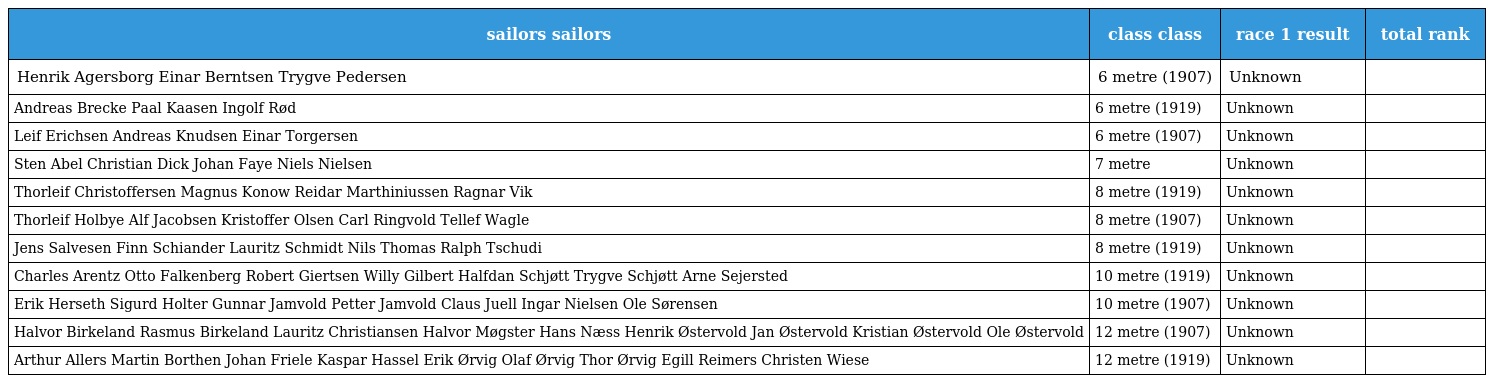
| sailors sailors | class class | race 1 result | total rank |
 | --- | --- | --- | --- |
 | Henrik Agersborg Einar Berntsen Trygve Pedersen | 6 metre (1907) | Unknown |  |
 | Andreas Brecke Paal Kaasen Ingolf Rød | 6 metre (1919) | Unknown |  |
 | Leif Erichsen Andreas Knudsen Einar Torgersen | 6 metre (1907) | Unknown |  |
 | Sten Abel Christian Dick Johan Faye Niels Nielsen | 7 metre | Unknown |  |
 | Thorleif Christoffersen Magnus Konow Reidar Marthiniussen Ragnar Vik | 8 metre (1919) | Unknown |  |
 | Thorleif Holbye Alf Jacobsen Kristoffer Olsen Carl Ringvold Tellef Wagle | 8 metre (1907) | Unknown |  |
 | Jens Salvesen Finn Schiander Lauritz Schmidt Nils Thomas Ralph Tschudi | 8 metre (1919) | Unknown |  |
 | Charles Arentz Otto Falkenberg Robert Giertsen Willy Gilbert Halfdan Schjøtt Trygve Schjøtt Arne Sejersted | 10 metre (1919) | Unknown |  |
 | Erik Herseth Sigurd Holter Gunnar Jamvold Petter Jamvold Claus Juell Ingar Nielsen Ole Sørensen | 10 metre (1907) | Unknown |  |
 | Halvor Birkeland Rasmus Birkeland Lauritz Christiansen Halvor Møgster Hans Næss Henrik Østervold Jan Østervold Kristian Østervold Ole Østervold | 12 metre (1907) | Unknown |  |
 | Arthur Allers Martin Borthen Johan Friele Kaspar Hassel Erik Ørvig Olaf Ørvig Thor Ørvig Egill Reimers Christen Wiese | 12 metre (1919) | Unknown |  |